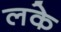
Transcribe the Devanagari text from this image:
लके